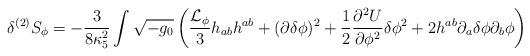
LaTeX: \begin{align*}\delta^{(2)}S_{\phi}=-\frac{3}{8\kappa_5^2}\int \sqrt{-g_0}\left(\frac{{\cal L}_{\phi}}{3}h_{ab}h^{ab}+ (\partial\delta\phi)^2 +\frac{1}{2}\frac{\partial^2 U}{\partial \phi^2}\delta\phi^2 + 2h^{ab}\partial_a\delta\phi\partial_b\phi\right)\end{align*}